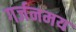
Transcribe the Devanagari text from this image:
गर्जनमय